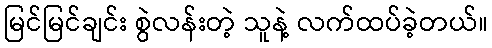
မြင်မြင်ချင်း စွဲလန်းတဲ့ သူနဲ့ လက်ထပ်ခဲ့တယ်။